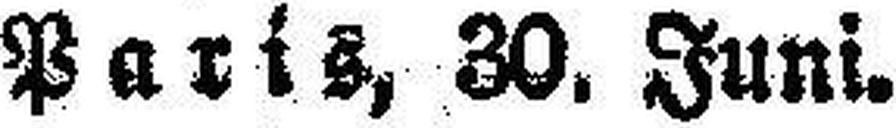
Paris, 30. Juni.